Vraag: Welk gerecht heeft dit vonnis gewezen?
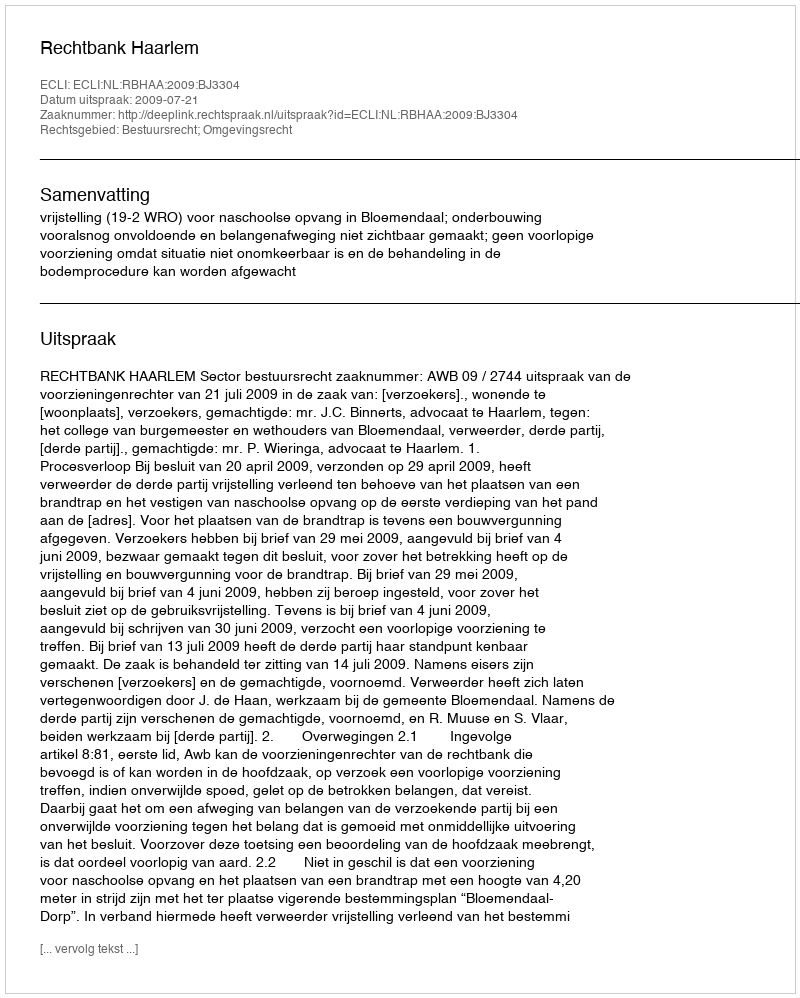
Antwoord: Rechtbank Haarlem